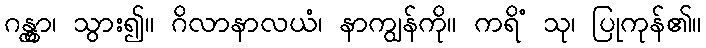
ဂန္တွာ၊ သွား၍။ ဂိလာနာလယံ၊ နာကျွန်ကို။ ကရိံ သု၊ ပြုကုန်၏။